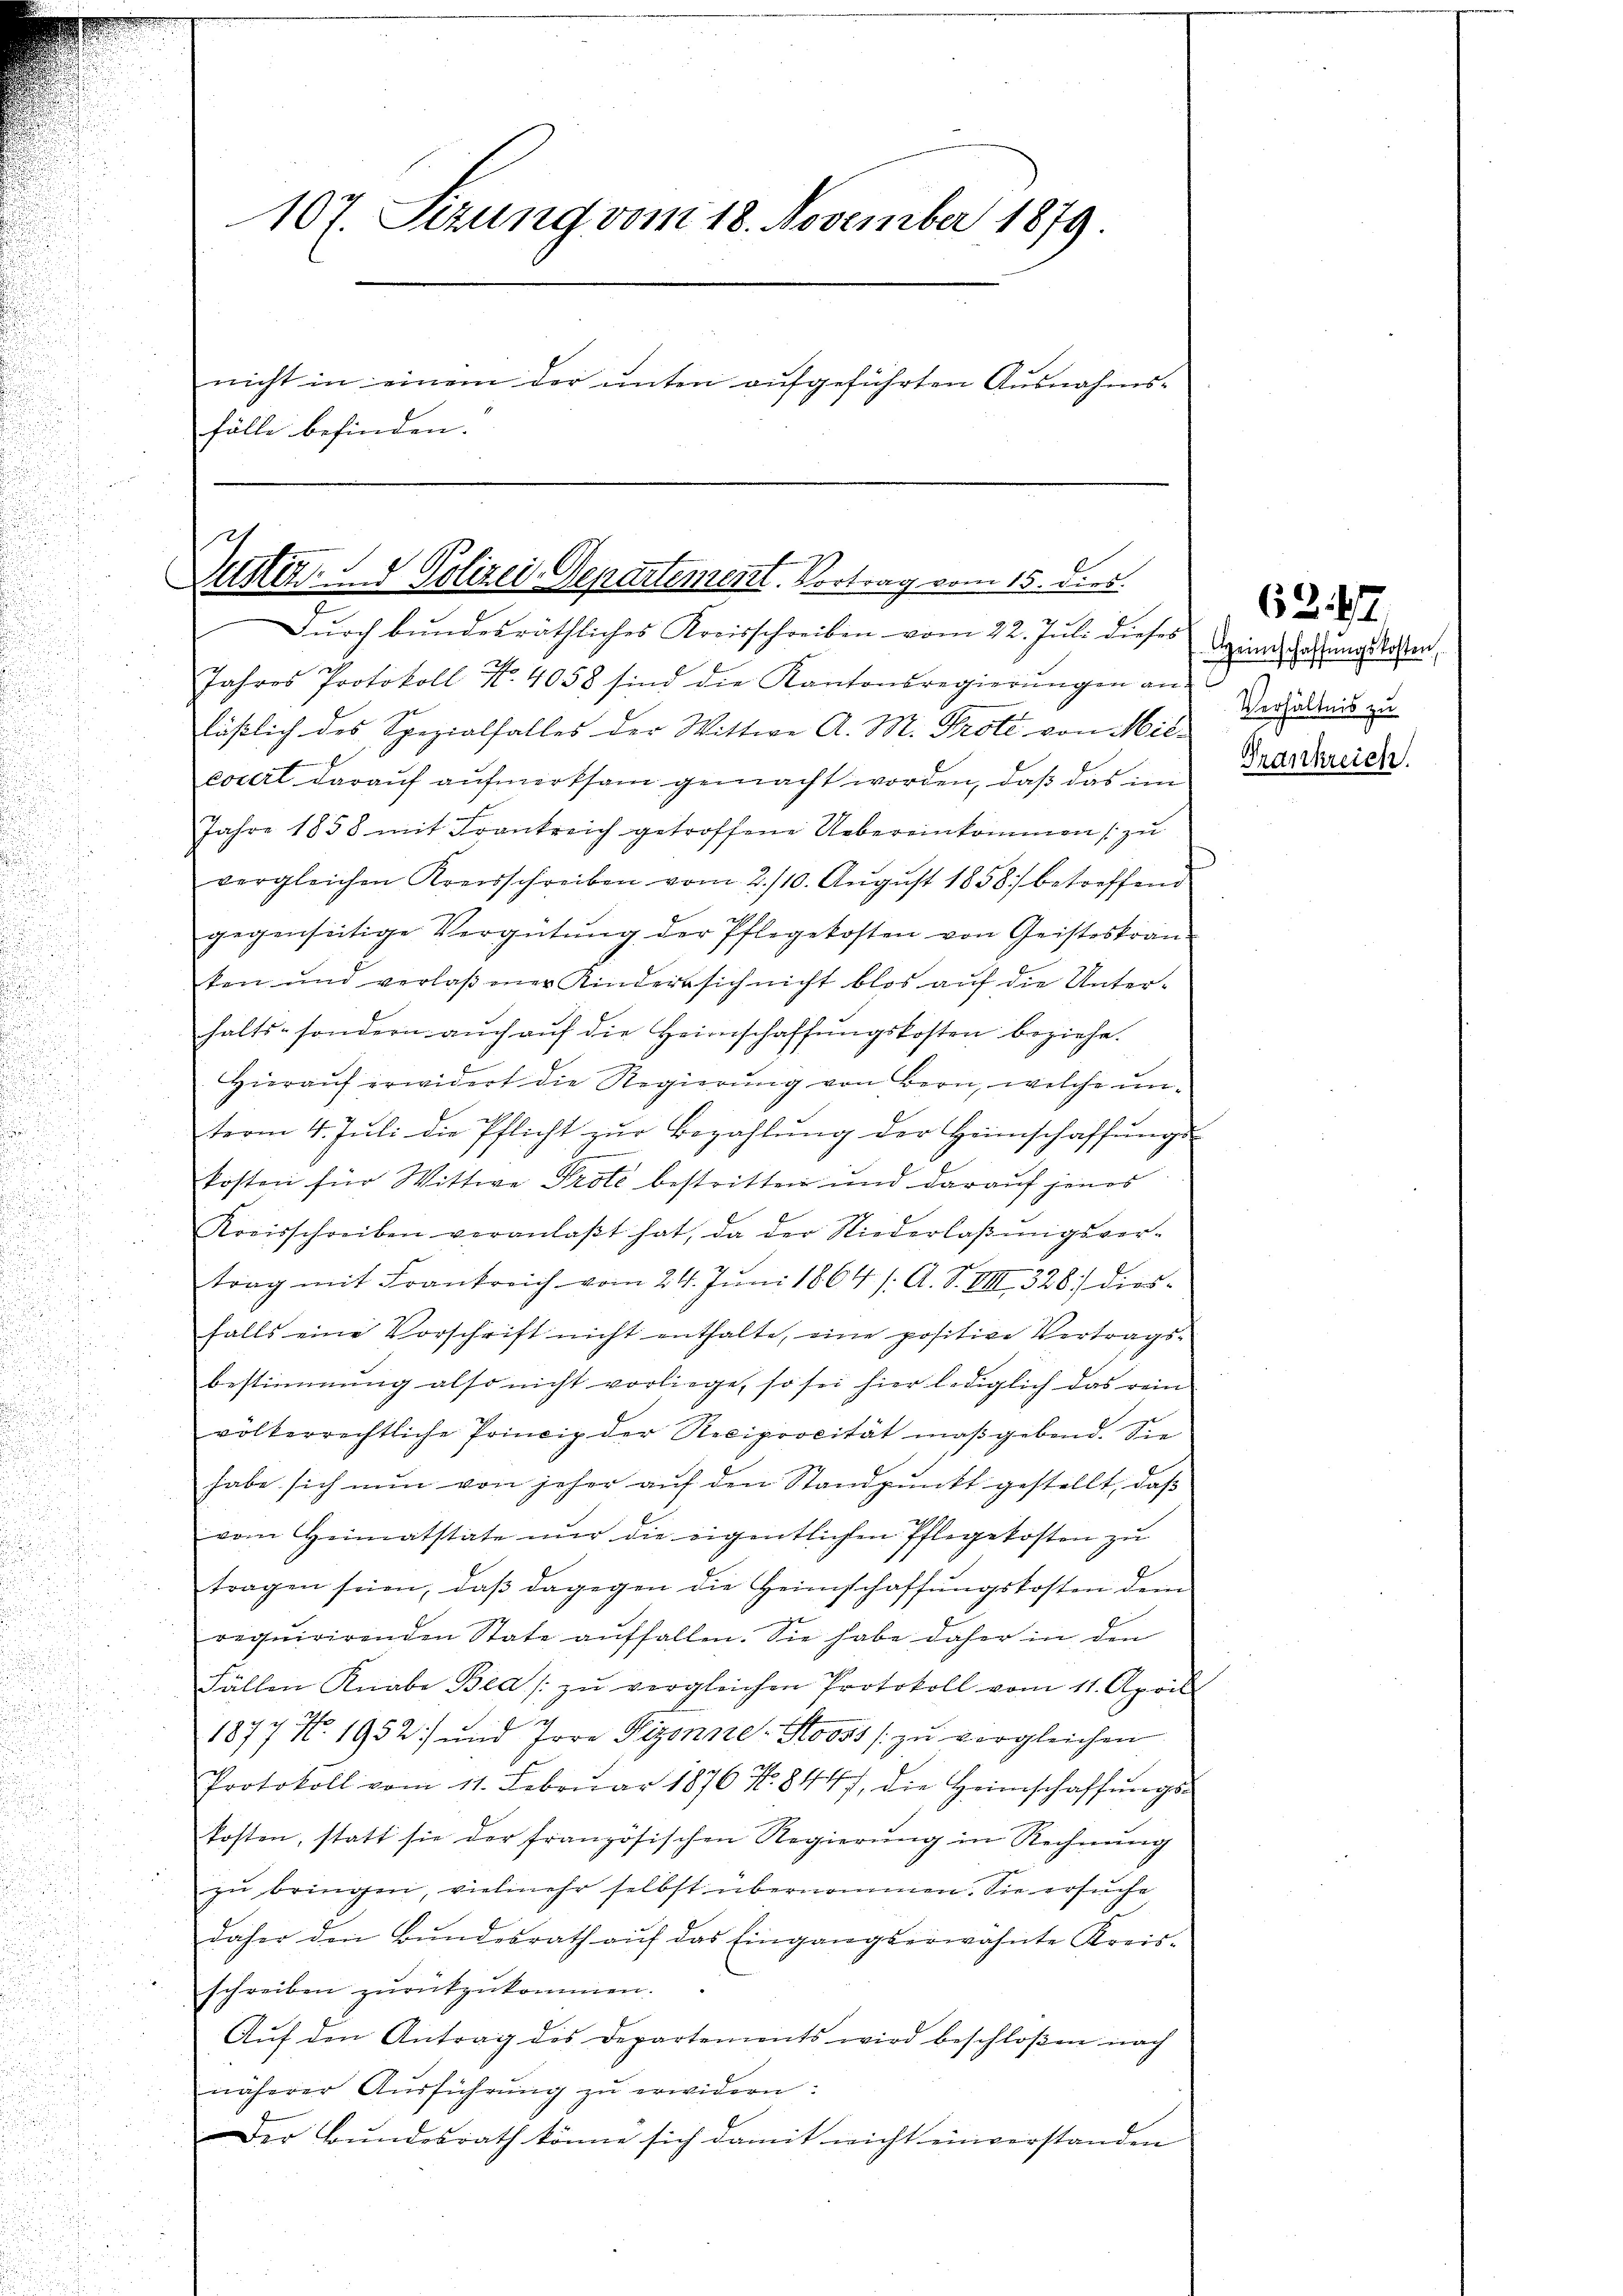
107. Sizung vom 18. November 1879
nicht in einem der unten aufgeführten Ausnahms-
fälle befinden.

12
f
Zuster. - Polizei-Departement. Vortrag vom 15. dies
Durch bundesräthliches Kreisschreiben vom 22. Juli dieses

Jahres Protokoll No. 4058 sind die Kantonsregierŭngen an
läßlich des Spezialfalles der Wittwe A. M. Prote von Mileocert darauf aufmerksam gemacht worden, daß das im
Jahre 1858 mit Frankreich getroffene Uebereinkommen (zu
vergleichen Kreisschreiben vom 2./10. Aŭgŭst 1858 betreffend
gegenseitige Vergütŭng der Pflegekosten von Geisteskran-
ten und verlaβner Kindersich nicht blos auf die Unter-
halts- sondern aŭch aŭf die Heimschaffŭngskosten beziehe.
Hierauf erwidert die Regierung von Bern, welche unterm 4. Jŭli die Pflicht zŭr Bezahlŭng der Heimschaffŭngs-
kosten für Wittwe Prote bestritten und darauf jenes
Kreisschreiben veranlaβt hat, da der Niederlaβŭngsver-
trag mit Frankreich vom 24. Juni 1864 /: A. S. VII 326) dies-
falls eine Vorschrift nicht enthalte, eine positive Vertrags-
bestimmung also nicht vorliege, so sei hier lediglich das rein
volkerrechtliche Princip der Reciprocität maßgebend. Sie
habe sich nun von jeher auf den Standpunkt gestellt, daß
vom Heimatstate nur die eigentlichen Pflegekosten zu
tragen seien, daβ dagegen die Heimschaffungskosten dem
requirirenden State auffallen. Sie habe daher in den
Fällen Knabe Bea /: zu vergleichen Protokoll vom 11. April
u
1877 No. 1932. und Jore Pizonne. Stooss zu vergleichen
Protokoll vom 11. Febrŭar 1876 No. 8447, die Heimschaffŭngs-
kosten, statt sie der französischen Regierŭng in Rechnŭng
zu bringen, vielmehr selbst übernommen. Sie ersuche
daher den Bŭndesrath aŭf das Eingangserwähnte Kreis-
schreiben zurückzukommen.
Aŭf den Antrag des Departements wird beschloßen nach
näherer Aŭsführŭng zŭ erwidern:
Der Bundesrath könne sich damit nicht einverstanden

62. 47
Heimschaffŭngskosten,
Verhältnis zu
Frankreich